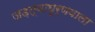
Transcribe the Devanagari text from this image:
जड़त्वाघूर्णवाला